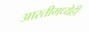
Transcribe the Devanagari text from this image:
आरतीमध्येही